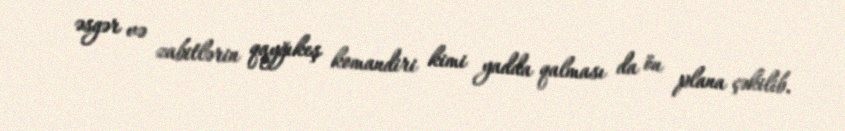
əsgər və zabitlərin qayğıkeş komandiri kimi yadda qalması da ön plana çəkilib.